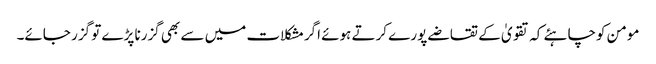
مومن کوچاہئے کہ تقویٰ کے تقاضے پورے کرتے ہوئے اگرمشکلات میں سے بھی گزرنا پڑے تو گزر جائے۔